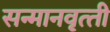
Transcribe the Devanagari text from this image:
सन्‍मानवृत्‍ती